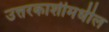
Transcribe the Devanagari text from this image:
उत्तरकाशीमधील